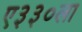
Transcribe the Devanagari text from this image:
ए३३०ला